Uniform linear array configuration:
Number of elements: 32
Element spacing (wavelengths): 0.25
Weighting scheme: exponential
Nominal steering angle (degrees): -30
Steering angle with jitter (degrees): -30.864
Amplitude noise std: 0.05
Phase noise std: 0.05

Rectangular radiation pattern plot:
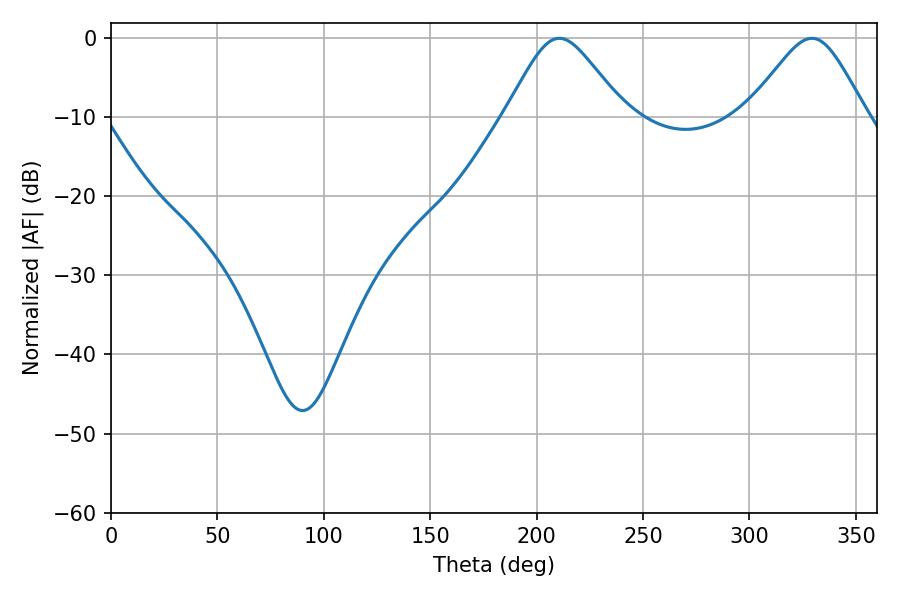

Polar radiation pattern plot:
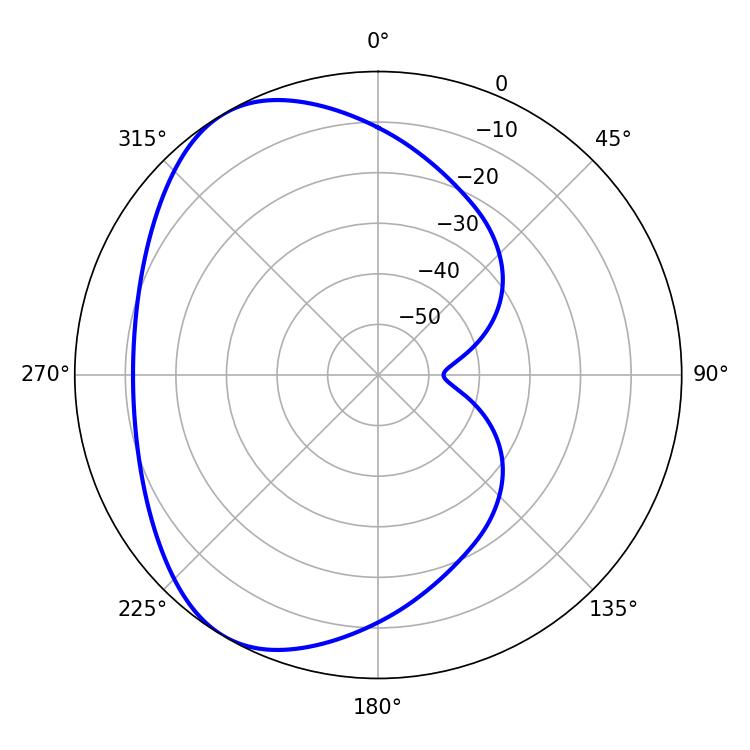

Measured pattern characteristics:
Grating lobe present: FALSE
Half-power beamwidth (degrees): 27
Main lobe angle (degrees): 210.6